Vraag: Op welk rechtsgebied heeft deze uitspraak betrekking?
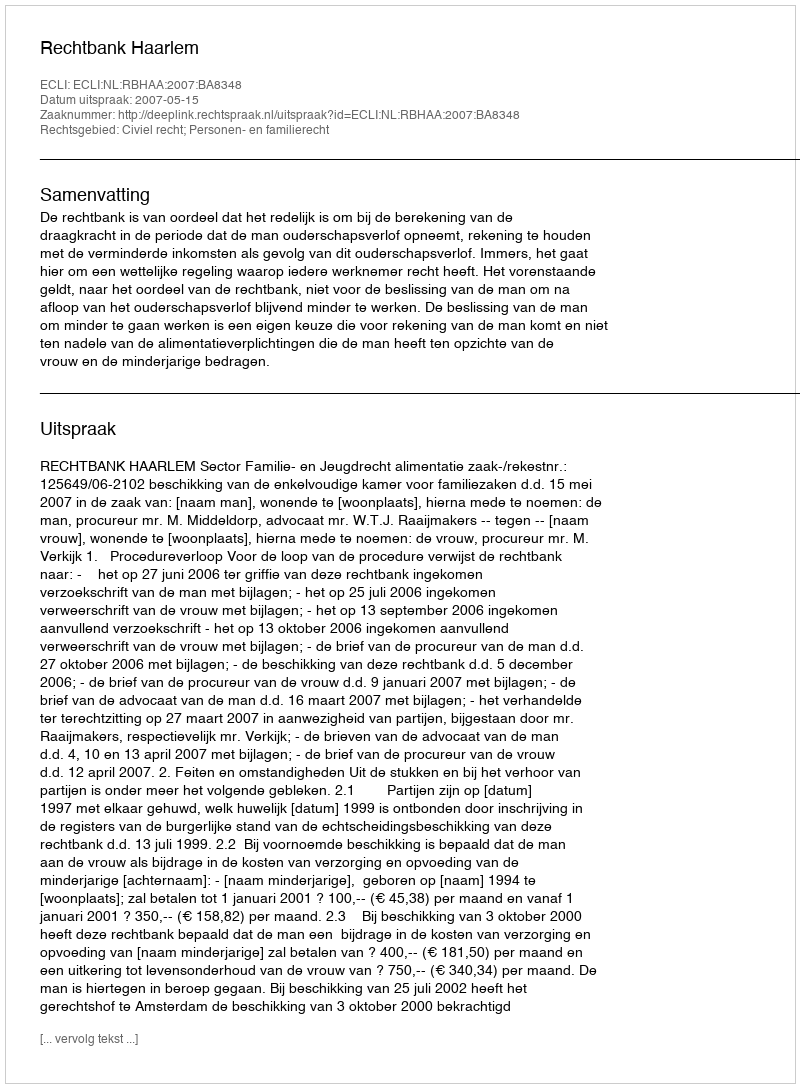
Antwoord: Civiel recht; Personen- en familierecht